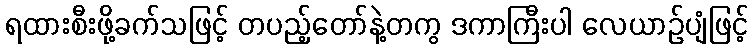
ရထားစီးဖို့ခက်သဖြင့် တပည့်တော်နဲ့တကွ ဒကာကြီးပါ လေယာဉ်ပျံဖြင့်